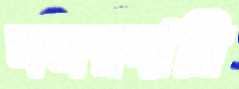
নজরদারি